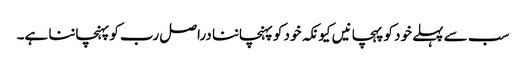
سب سے پہلے خود کو پہچانیں کیونکہ خود کو پہنچاننا دراصل رب کو پہنچاننا ہے۔